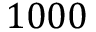
1 0 0 0